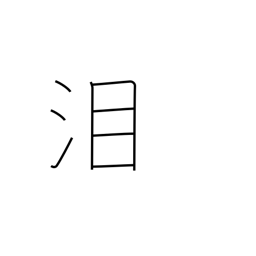
Meaning: tears